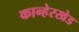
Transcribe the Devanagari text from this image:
कान्हेरखेड